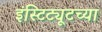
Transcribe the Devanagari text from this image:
इंस्टिट्यूटच्या